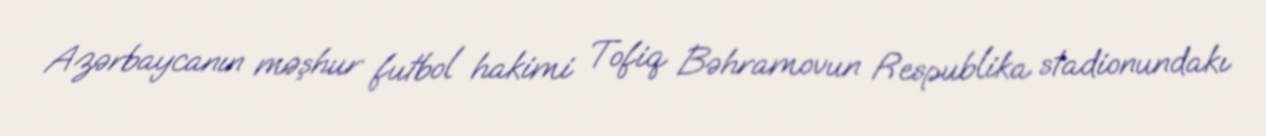
Azərbaycanın məşhur futbol hakimi Tofiq Bəhramovun Respublika stadionundakı